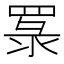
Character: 𦋏